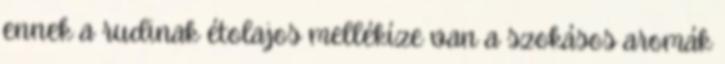
ennek a rudinak étolajos mellékíze van a szokásos aromák